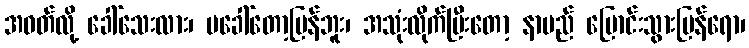
အဝတ်လို့ ခေါ်သေးလား၊ မခေါ်တော့ပြန်ဘူး၊ အသုံးလိုက်ပြီးတော့ နာမည် ပြောင်းသွားပြန်ရော၊